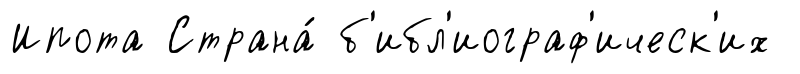
Ипота Страна́ б'ибл'иограф'ическ'их